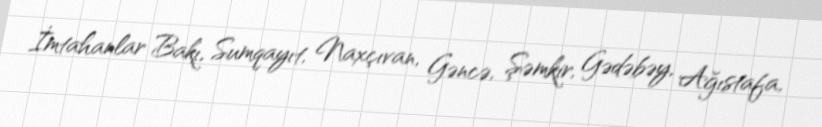
İmtahanlar Bakı, Sumqayıt, Naxçıvan, Gəncə, Şəmkir, Gədəbəy, Ağıstafa,